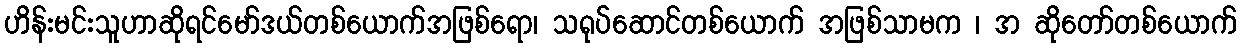
ဟိန်းမင်းသူဟာဆိုရင်မော်ဒယ်တစ်ယောက်အဖြစ်ရော၊ သရုပ်ဆောင်တစ်ယောက် အဖြစ်သာမက ၊ အ ဆိုတော်တစ်ယောက်